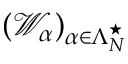
( { \small { \mathscr W } } _ { \alpha } ) _ { \alpha \in \Lambda _ { N } ^ { \star } }